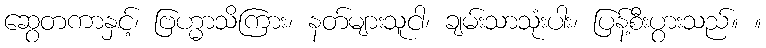
ဆွေတကာနှင့်၊ ဗြဟ္မာသိကြား၊ နတ်များသူငါ၊ ချမ်းသာသုံးပါး၊ ပြန့်စီးပွားသည်။ ။